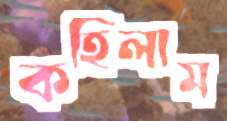
কহিলাম